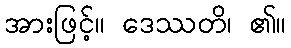
အားဖြင့်။ ဒေဿတိ၊ ၏။